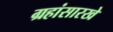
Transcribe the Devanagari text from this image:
ग्रहांसारखे